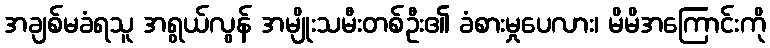
အချစ်မခံရသူ အရွယ်လွန် အမျိုးသမီးတစ်ဦး၏ ခံစားမှုပေလား၊ မိမိအကြောင်းကို